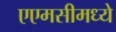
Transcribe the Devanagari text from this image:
एएमसीमध्ये